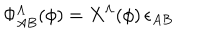
\Phi _ { A B } ^ { \Lambda } ( \phi ) = X ^ { \Lambda } ( \phi ) \, \epsilon _ { A B }